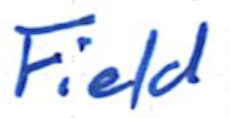
Text: Field
Cross-out: clean
Writing tool: ballpoint